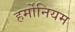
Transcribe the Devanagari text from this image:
हर्मोनियम